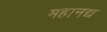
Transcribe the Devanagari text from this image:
महानद्य